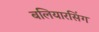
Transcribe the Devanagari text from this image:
बलियारसिंग